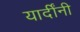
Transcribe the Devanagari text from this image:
यार्दींनी